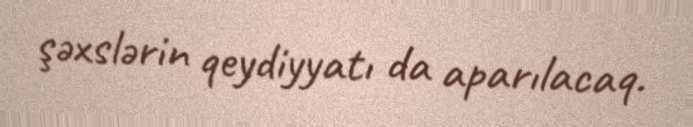
şəxslərin qeydiyyatı da aparılacaq.